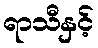
ရာသီနှင့်